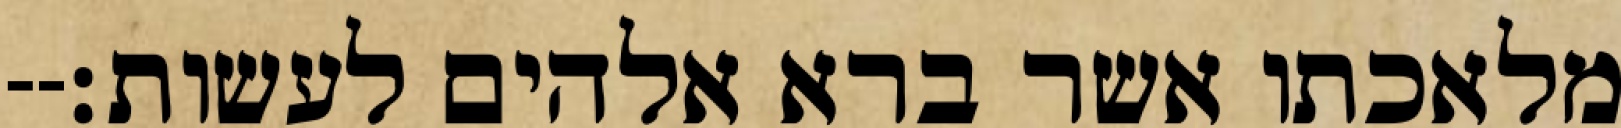
מלאכתו אשר ברא אלהים לעשות׃--